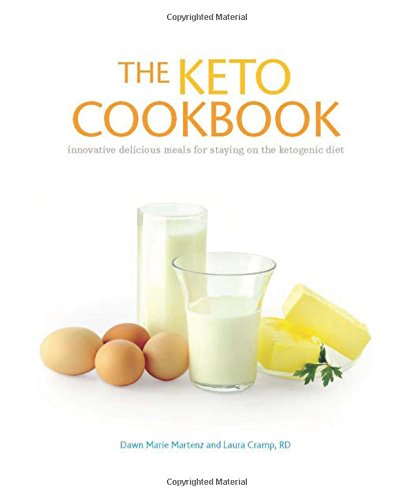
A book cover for The Keto Cookbook; Dawn Marie Martenz; Health, Fitness & Dieting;